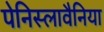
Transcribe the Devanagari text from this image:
पेनिस्लावैनिया